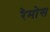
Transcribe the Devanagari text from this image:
रैमोस